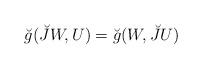
LaTeX: \begin{align*}\breve{g}(\breve{J}W,U)=\breve{g}(W,\breve{J}U) \end{align*}